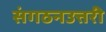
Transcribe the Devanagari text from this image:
संगठनउत्तरी